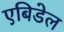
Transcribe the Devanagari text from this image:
एबिडेल